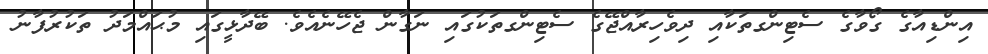
އިންޑިއާގެ ގޯވާގެ ސެޓިންގތަކާއި ދިވެހިރާއްޖޭގެ ސެޓިންގތަކުގައި ނަގާން ޖެހޭނެއެވެ. ބޭދާޅީގައި މުޙައްމަދު ތަކުރުފާނު